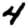
Digit: 4